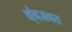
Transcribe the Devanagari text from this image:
थ्ंबजवत